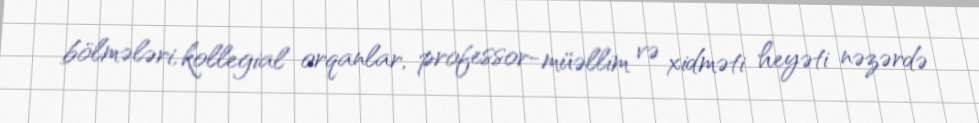
bölmələri, kollegial orqanlar, professor-müəllim və xidməti heyəti nəzərdə